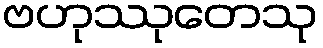
ဗဟုဿုတေသု